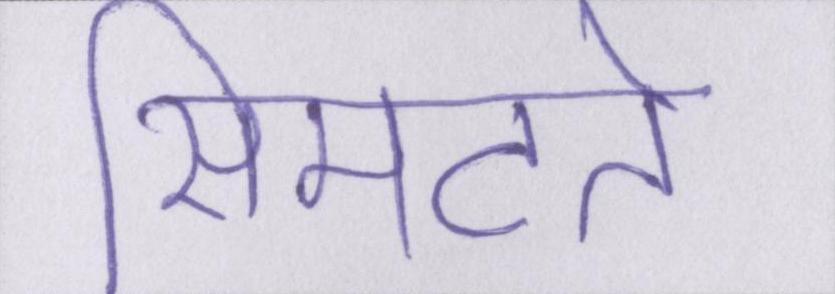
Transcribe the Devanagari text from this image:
सिमटते